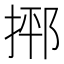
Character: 𪮂